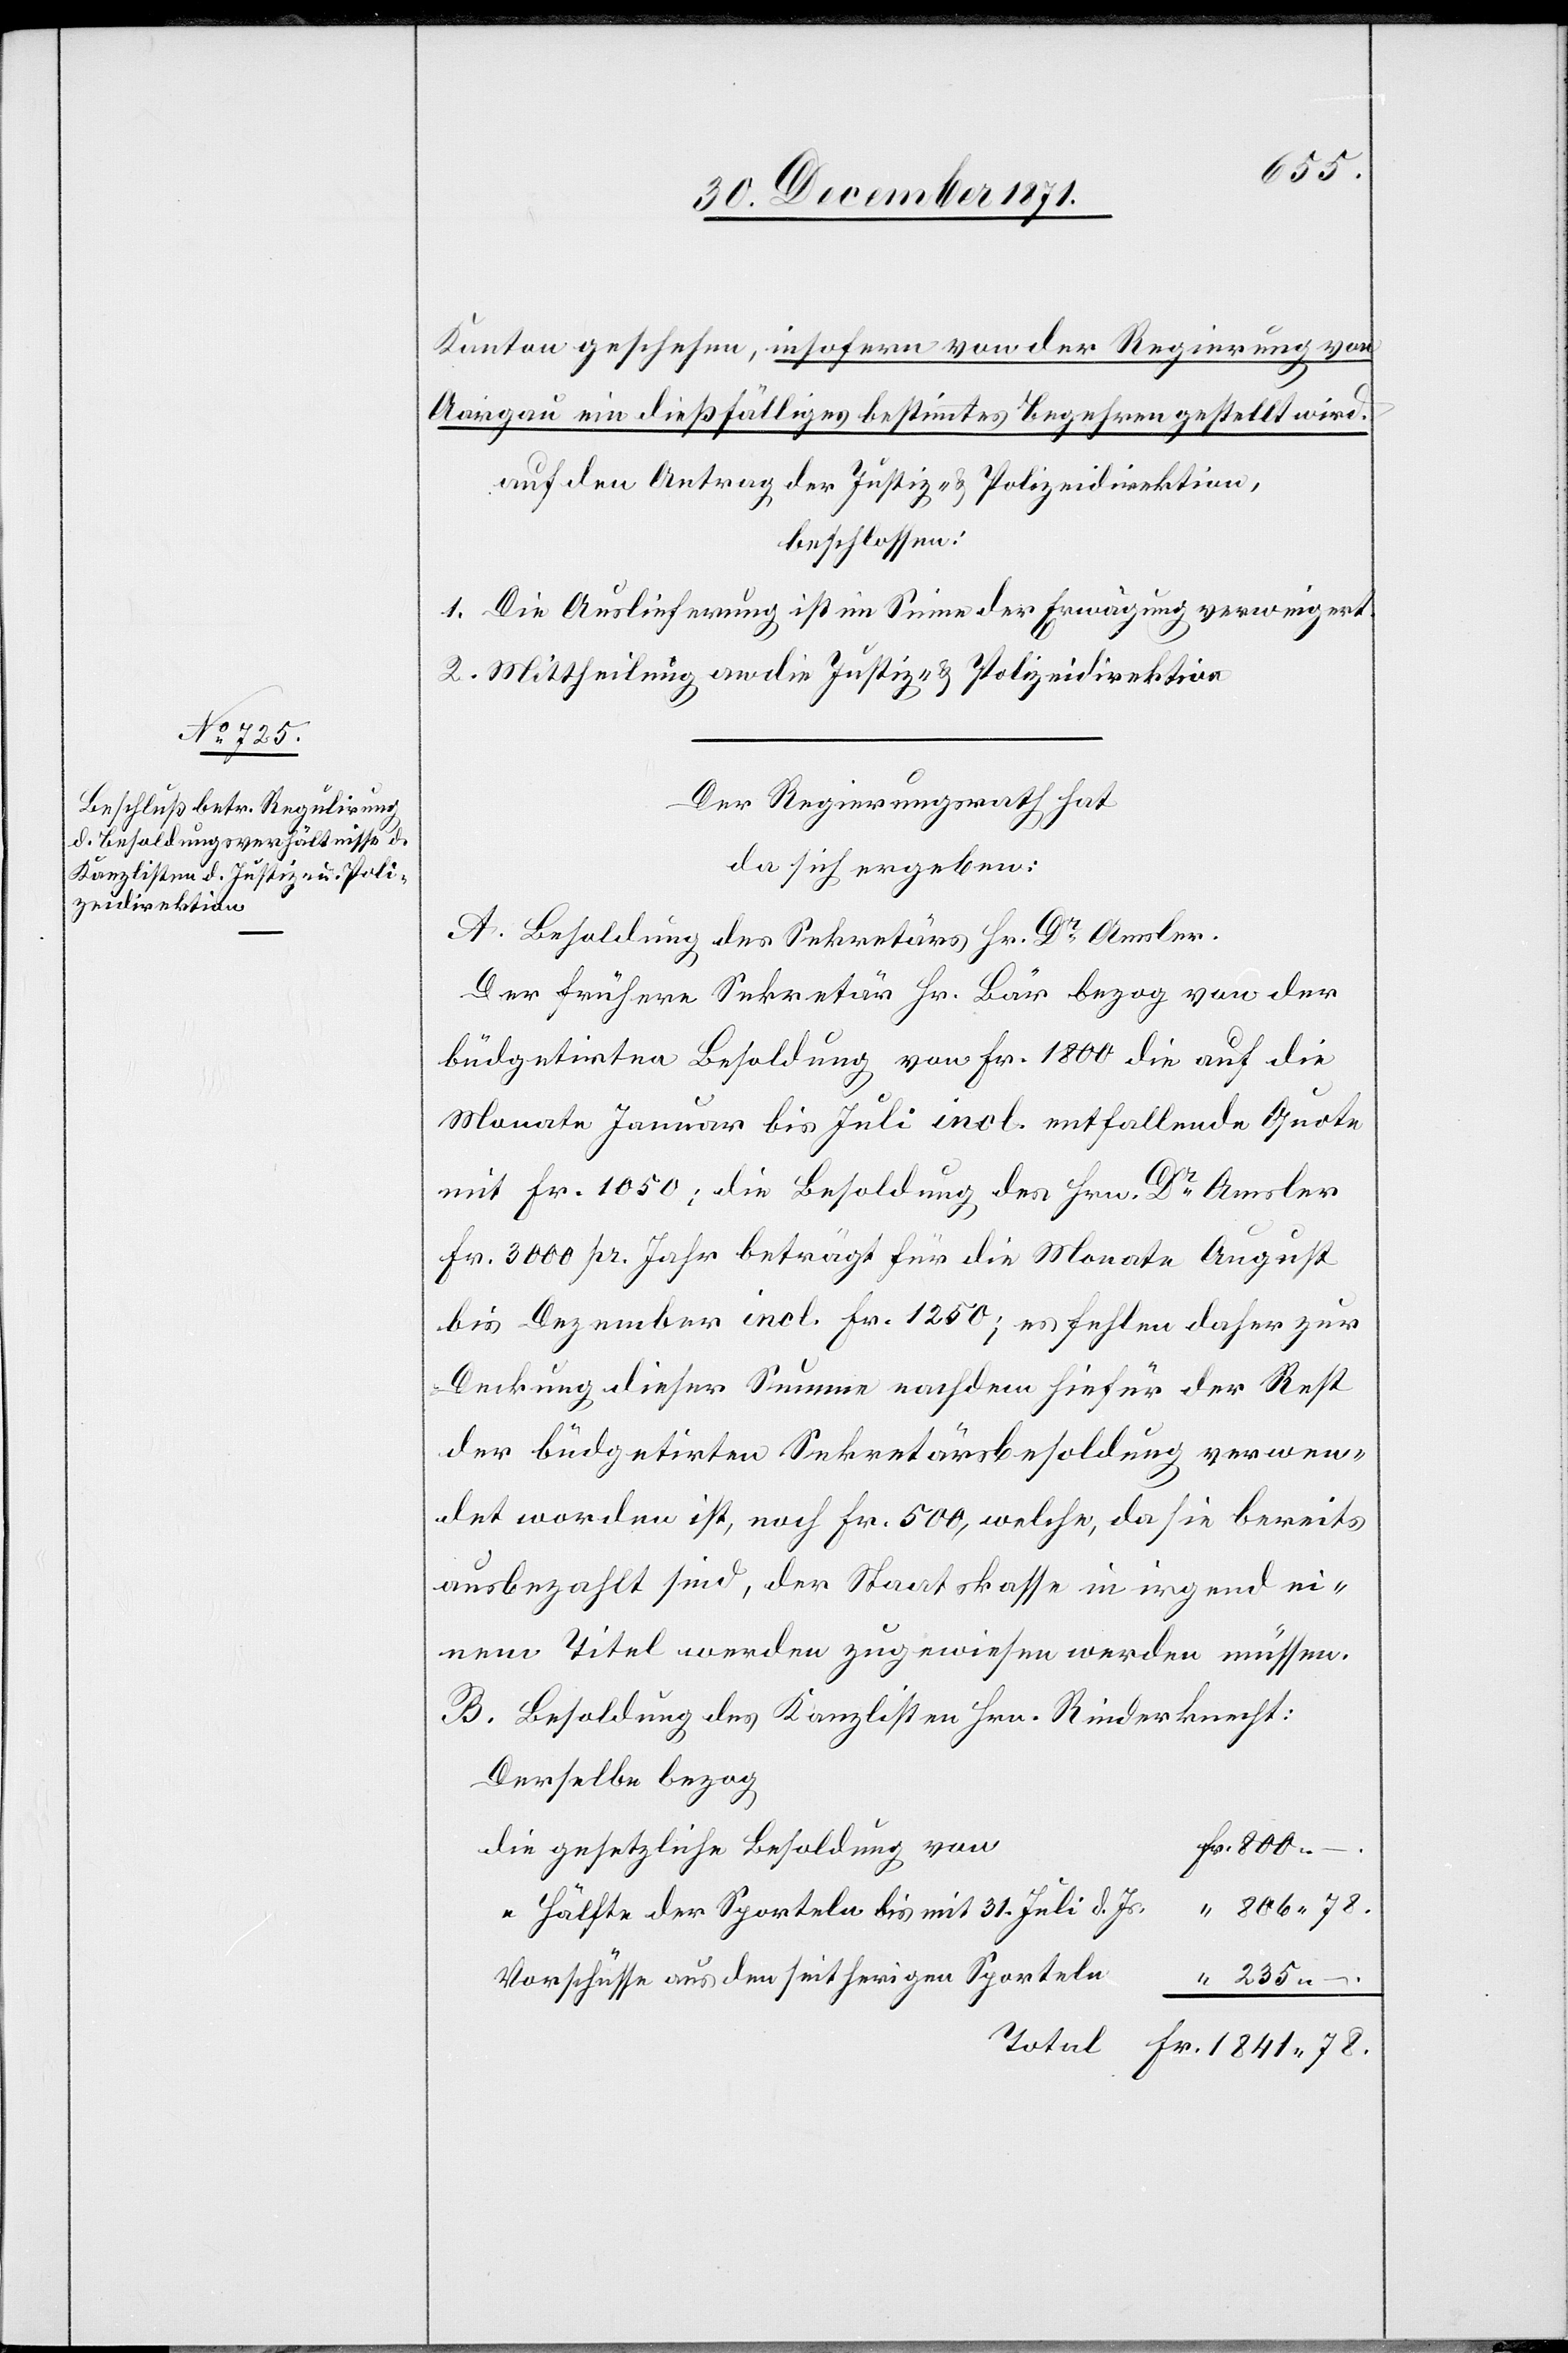
Kanton geschehen, insofern von der Regierung von
Aargau ein dießfälliges bestimmtes Begehren gestellt wird.
auf den Antrag der Justiz- & Polizeidirektion,
beschlossen:
1. Die Auslieferung ist im Sinne der Erwägung verweigert.
2. Mittheilung an die Justiz- & Polizeidirektion.
Der Regierungsrath hat
da sich ergeben:
A. Besoldung des Sekretärs Hr. Dr. Amsler.
Der frühere Sekretär Hr. Bär bezog von der
büdgetirten Besoldung von Fr. 1800 die auf die
Monate Januar bis Juli incl. entfallende Quote
mit Fr. 1050: die Besoldung des Hrn. Dr. Amsler
Fr. 3000 pr. Jahr beträgt für die Monate August
bis Dezember incl. Fr. 1250; es fehlen daher zur
Deckung dieser Summe nachdem hiefür der Rest
der büdgetirten Sekretärsbesoldung verwen¬
det worden ist, noch Fr. 500, welche, da sie bereits
ausbezahlt sind, der Staatskasse in irgend ei¬
nem Titel werden zugewiesen werden müssen.
B. Besoldung des Kanzlisten Hrn. Rinderknecht:
Derselbe bezog
die gesetzliche Besoldung von
“ Hälfte der Sporteln bis mit 31. Juli d. Js.
Vorschüsse aus dem seitherigen Sporteln